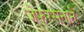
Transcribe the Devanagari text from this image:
जेफरसनाने